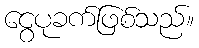
ငွေပုခက်ဖြစ်သည်။